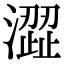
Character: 澀